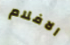
الافلام